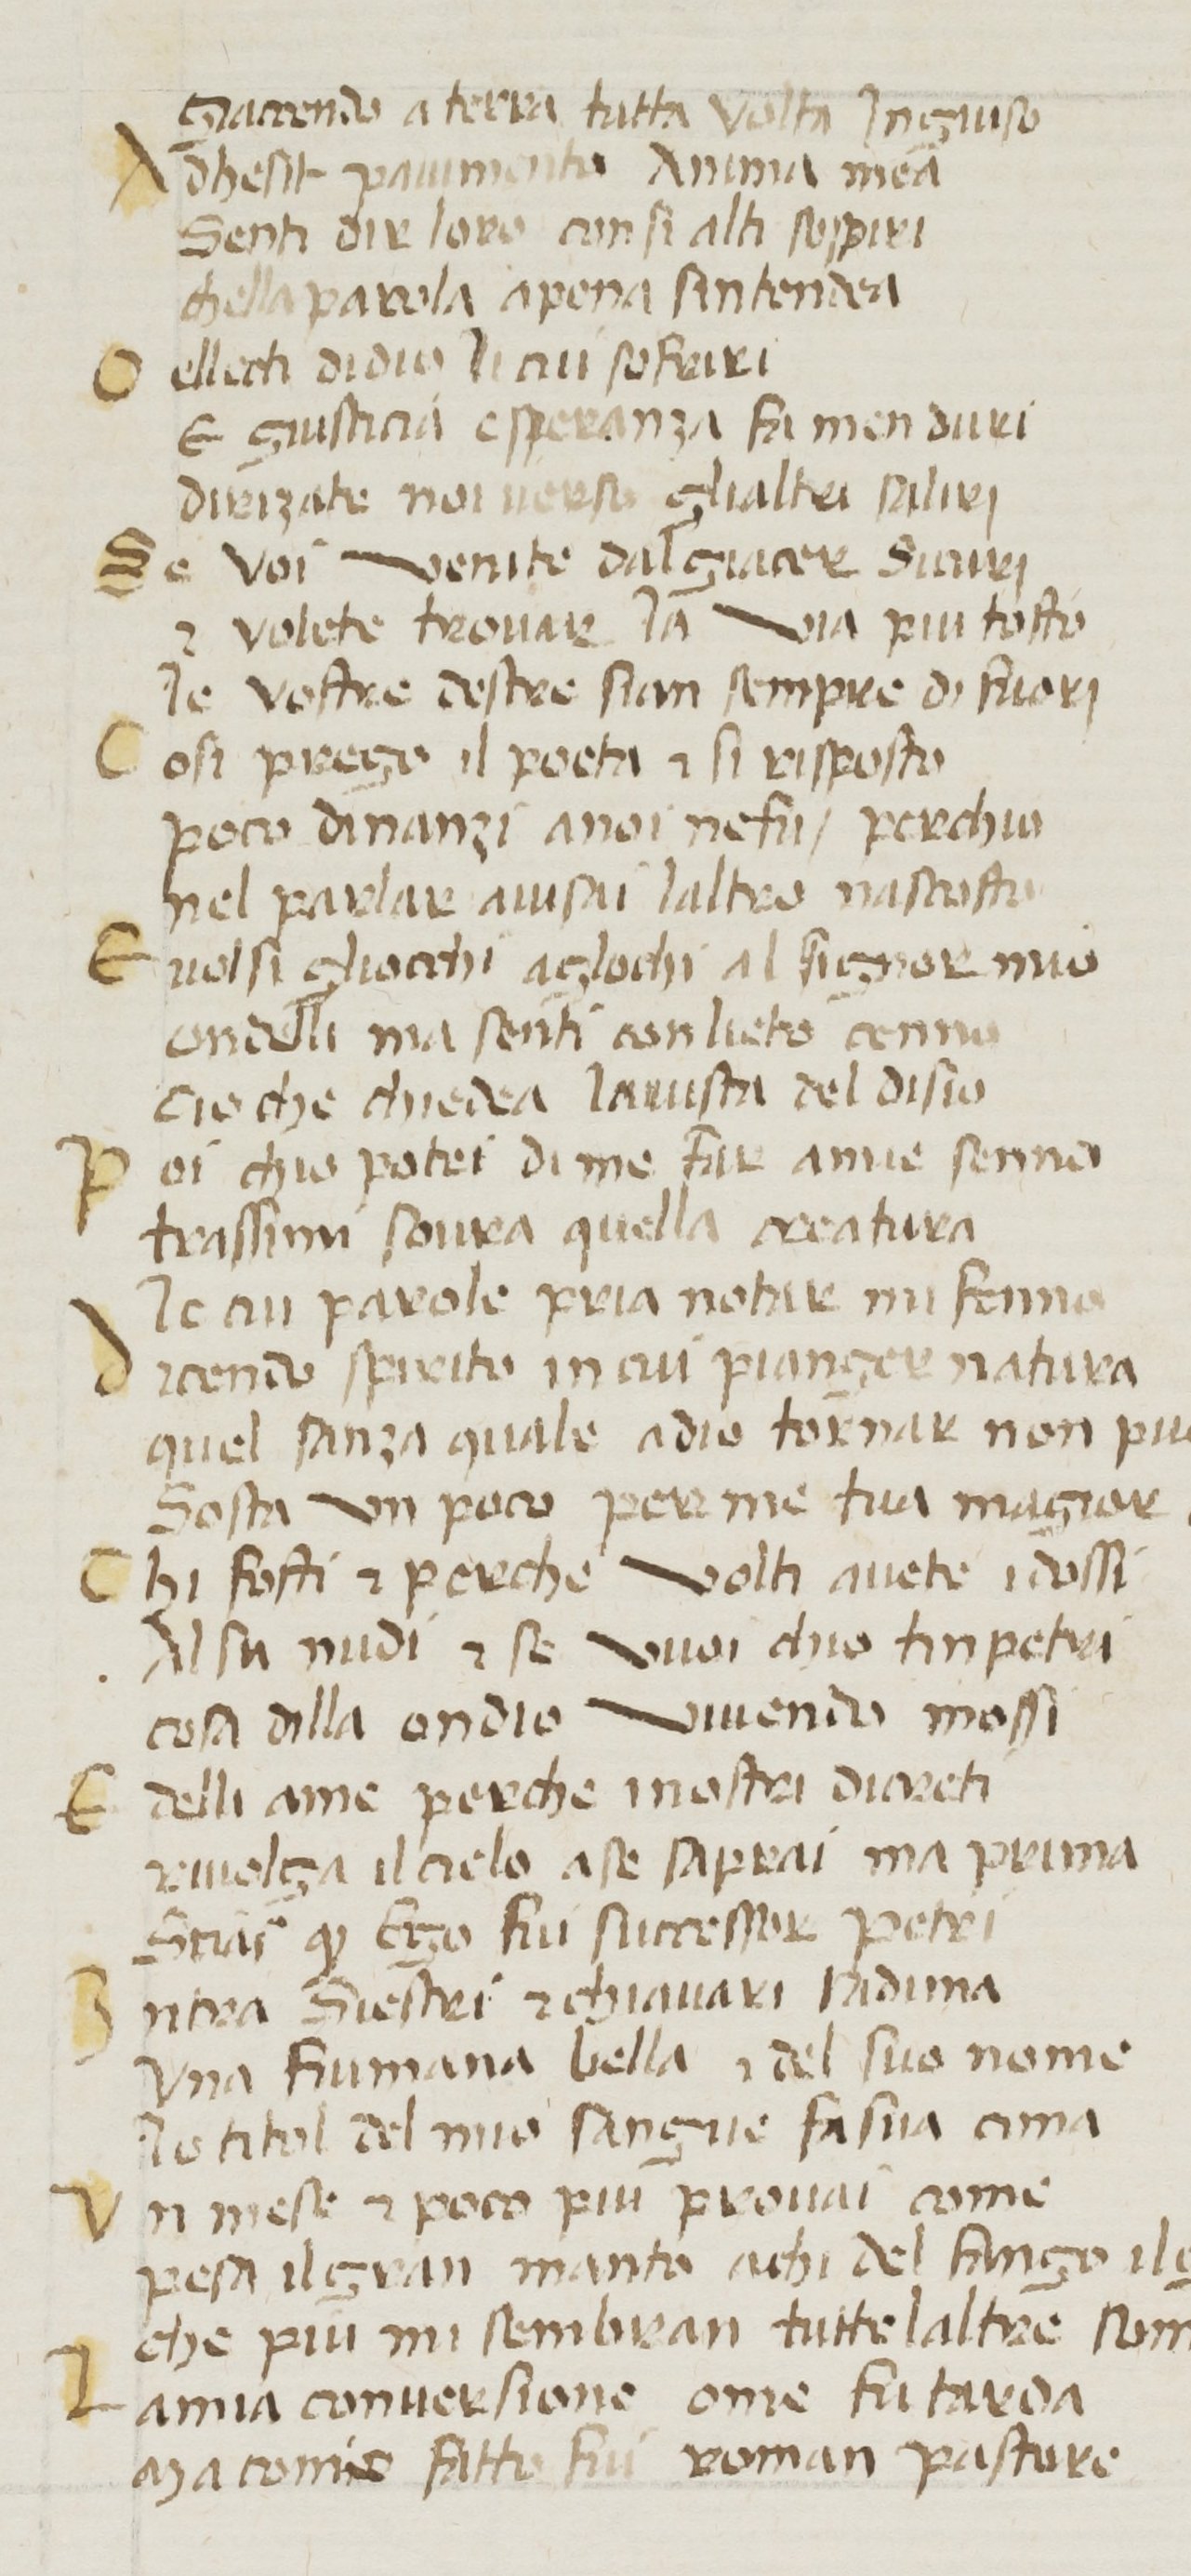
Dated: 1380–1399